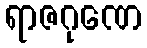
ရာဇဂုဏေ